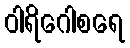
ဝါရိဂေါစရေ